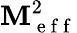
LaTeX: \mathbf{M}_{\mathrm{{~e~f~f~}}}^{2}